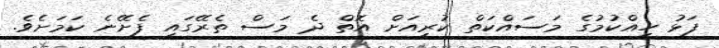
ފަޅު ހިއްކުމުގެ މަސައްކަތް ކުރިއަށް އޮތް ދެ މަސް ތެރޭގައި ފެށޭނެ ކަމަށެވެ.